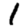
Digit: 1